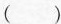
()